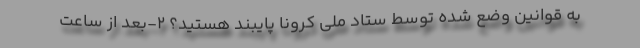
به قوانین وضع شده توسط ستاد ملی کرونا پایبند هستید؟ 2-بعد از ساعت